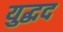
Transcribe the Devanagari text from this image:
युद्धद